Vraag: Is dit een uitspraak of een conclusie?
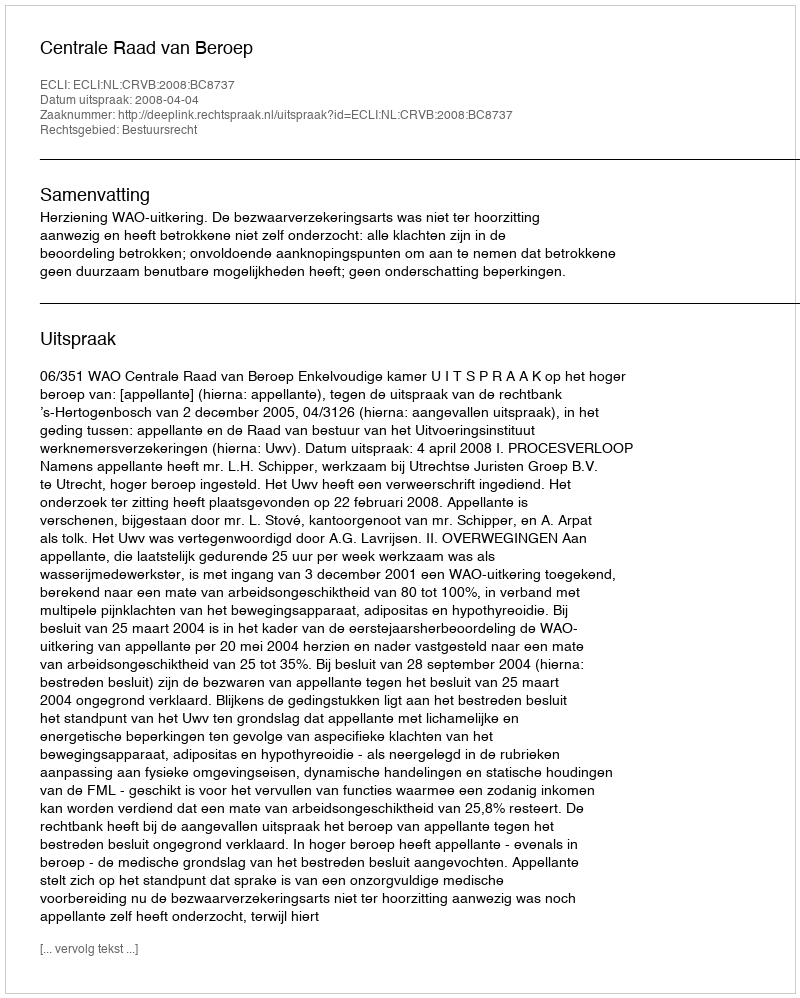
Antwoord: Uitspraak